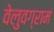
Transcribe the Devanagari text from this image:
वेलुवग्राम